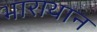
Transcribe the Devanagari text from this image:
भाराथान